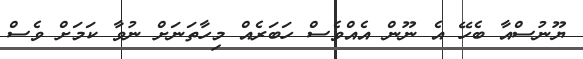
ޔޫނުސްއާ ބެހޭ އެ ނޫން އެއްވެސް ހަބަރެއް މިހާތަނަށް ނުވާ ކަމަށް ވެސް